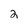
Character: 2